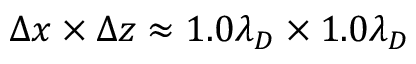
\Delta x \times \Delta z \approx 1 . 0 \lambda _ { D } \times 1 . 0 \lambda _ { D }